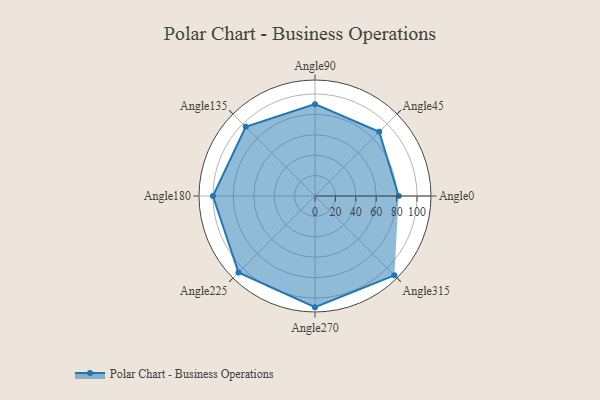
{"axis": {"x": "Angle", "y": "Radius"}, "legend": [""], "data": [{"x": "Angle0", "y": 82.0, "type": ""}, {"x": "Angle45", "y": 89.0, "type": ""}, {"x": "Angle90", "y": 90.0, "type": ""}, {"x": "Angle135", "y": 96.0, "type": ""}, {"x": "Angle180", "y": 100.0, "type": ""}, {"x": "Angle225", "y": 106.0, "type": ""}, {"x": "Angle270", "y": 109.0, "type": ""}, {"x": "Angle315", "y": 110.0, "type": ""}]}